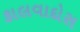
કાલવાદોસ